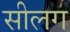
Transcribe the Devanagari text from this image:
सीलग